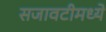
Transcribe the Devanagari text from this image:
सजावटीमध्ये